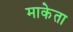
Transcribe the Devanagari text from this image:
माकेता